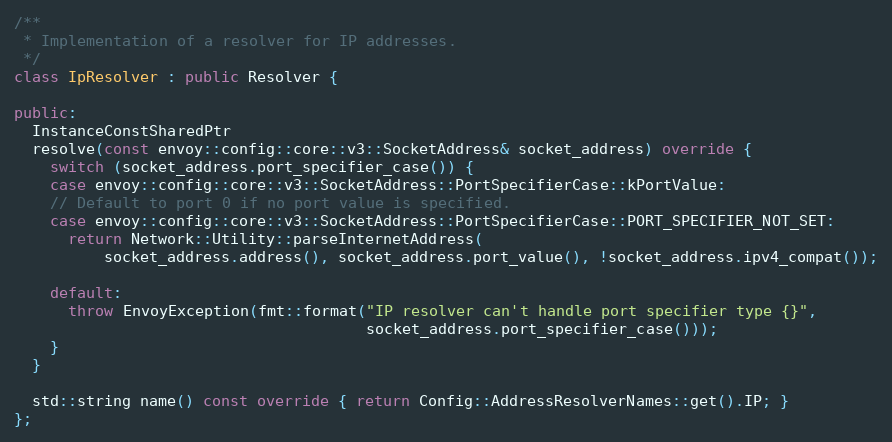
Language: C++
/**
 * Implementation of a resolver for IP addresses.
 */
class IpResolver : public Resolver {

public:
  InstanceConstSharedPtr
  resolve(const envoy::config::core::v3::SocketAddress& socket_address) override {
    switch (socket_address.port_specifier_case()) {
    case envoy::config::core::v3::SocketAddress::PortSpecifierCase::kPortValue:
    // Default to port 0 if no port value is specified.
    case envoy::config::core::v3::SocketAddress::PortSpecifierCase::PORT_SPECIFIER_NOT_SET:
      return Network::Utility::parseInternetAddress(
          socket_address.address(), socket_address.port_value(), !socket_address.ipv4_compat());

    default:
      throw EnvoyException(fmt::format("IP resolver can't handle port specifier type {}",
                                       socket_address.port_specifier_case()));
    }
  }

  std::string name() const override { return Config::AddressResolverNames::get().IP; }
};